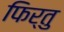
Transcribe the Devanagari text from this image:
फिर्तु